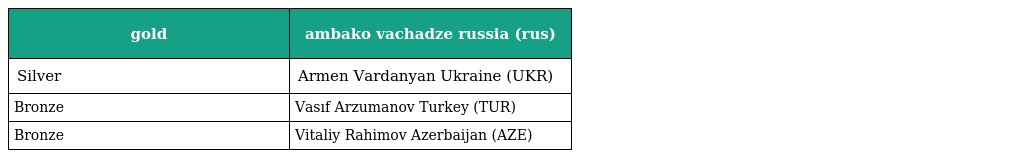
| gold | ambako vachadze russia (rus) |
 | --- | --- |
 | Silver | Armen Vardanyan Ukraine (UKR) |
 | Bronze | Vasıf Arzumanov Turkey (TUR) |
 | Bronze | Vitaliy Rahimov Azerbaijan (AZE) |